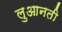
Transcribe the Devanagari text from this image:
लुआनती